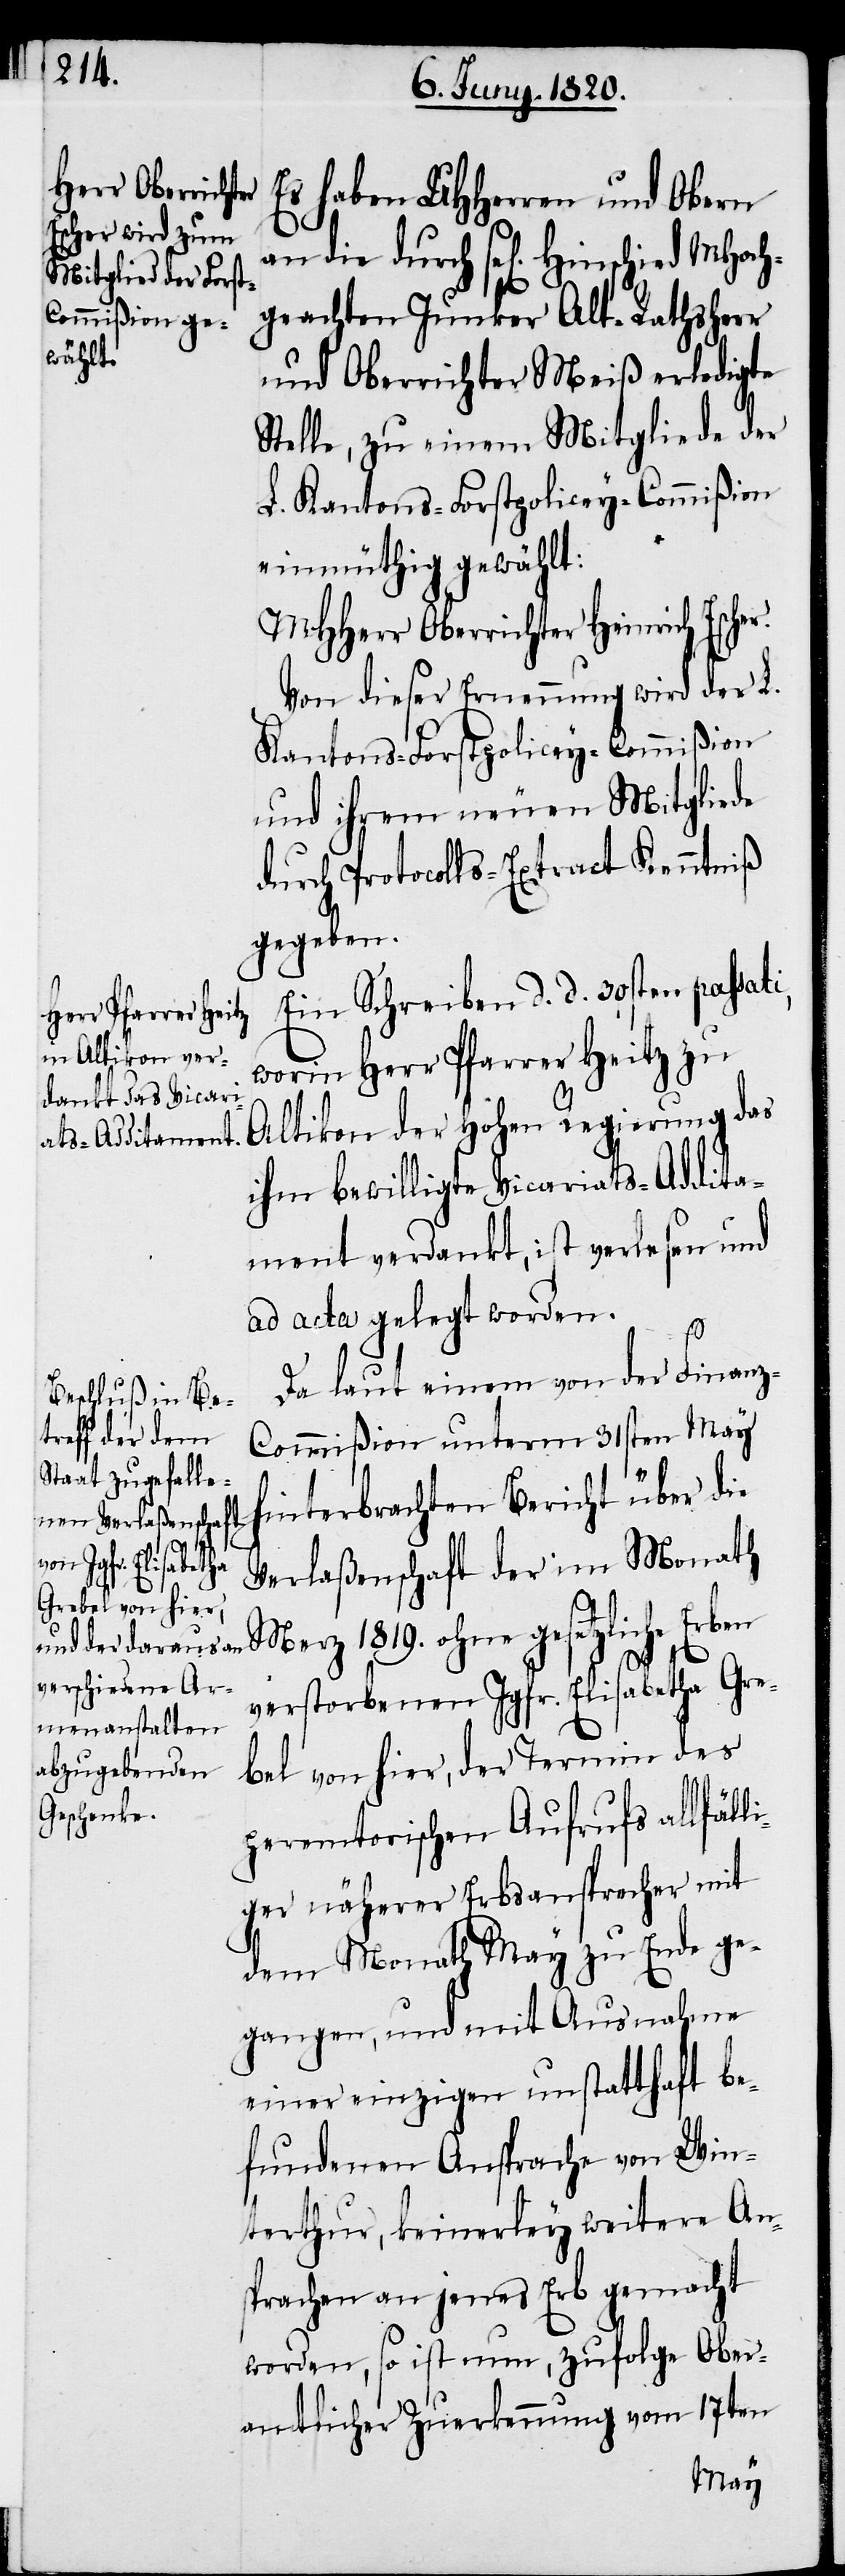
Es haben UHherren und Obern
an die durch sel[igen]. Hinsch¬
geachten Junker Alt-Rathsherr
und Oberrichter Meiß erledigte
Stelle, zu einem Mitgliede der
L. Kantons-Forstpolicey-Commißion
einmüthig gewählt:
MHherr Oberrichter Heinrich Escher.
Von dieser Ernennung wird der L.
Kantons-Forstpolicey-Commiβion
und ihrem neuen Mitgliede
durch Protocolls-Extract Kenntniß
gegeben.
Ein Schreiben d. d. 30sten passati,
worin Herr Pfarrer Heitz zu
Altikon der hohen Regierung das
ihm bewilligte Vicariats-Addita¬
ment verdankt, ist verlesen und
ad acta gelegt worden.
ied
Da laut einem von der Finanz-C¬
ommißion unterm 31sten May
hinterbrachten Bericht über die
Verlaßenschaft der im Monath
Merz 1819. ohne gesetzliche
verstorbenen Jgfr. Elisabetha Gre¬
bel von hier, der Termin des
peremtorischen Aufrufs allfäll¬
iger näherer Erbsansprecher mit
dem Monath May zu Ende ge¬
gangen, und mit Ausnahme
einer einzigen unstatthaft be¬
fundenen Ansprache von Win¬
terthur, keinerley weitere An¬
sprachen an jenes Erb gemacht
worden, so ist nun, zufolge Ober¬
amtlicher Zuerkennung von 17ten
MHoch¬